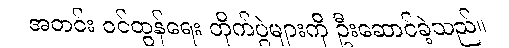
အတင်း ဝင်ထွန်ရေး တိုက်ပွဲများကို ဦးဆောင်ခဲ့သည်။